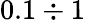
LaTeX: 0.1\div 1